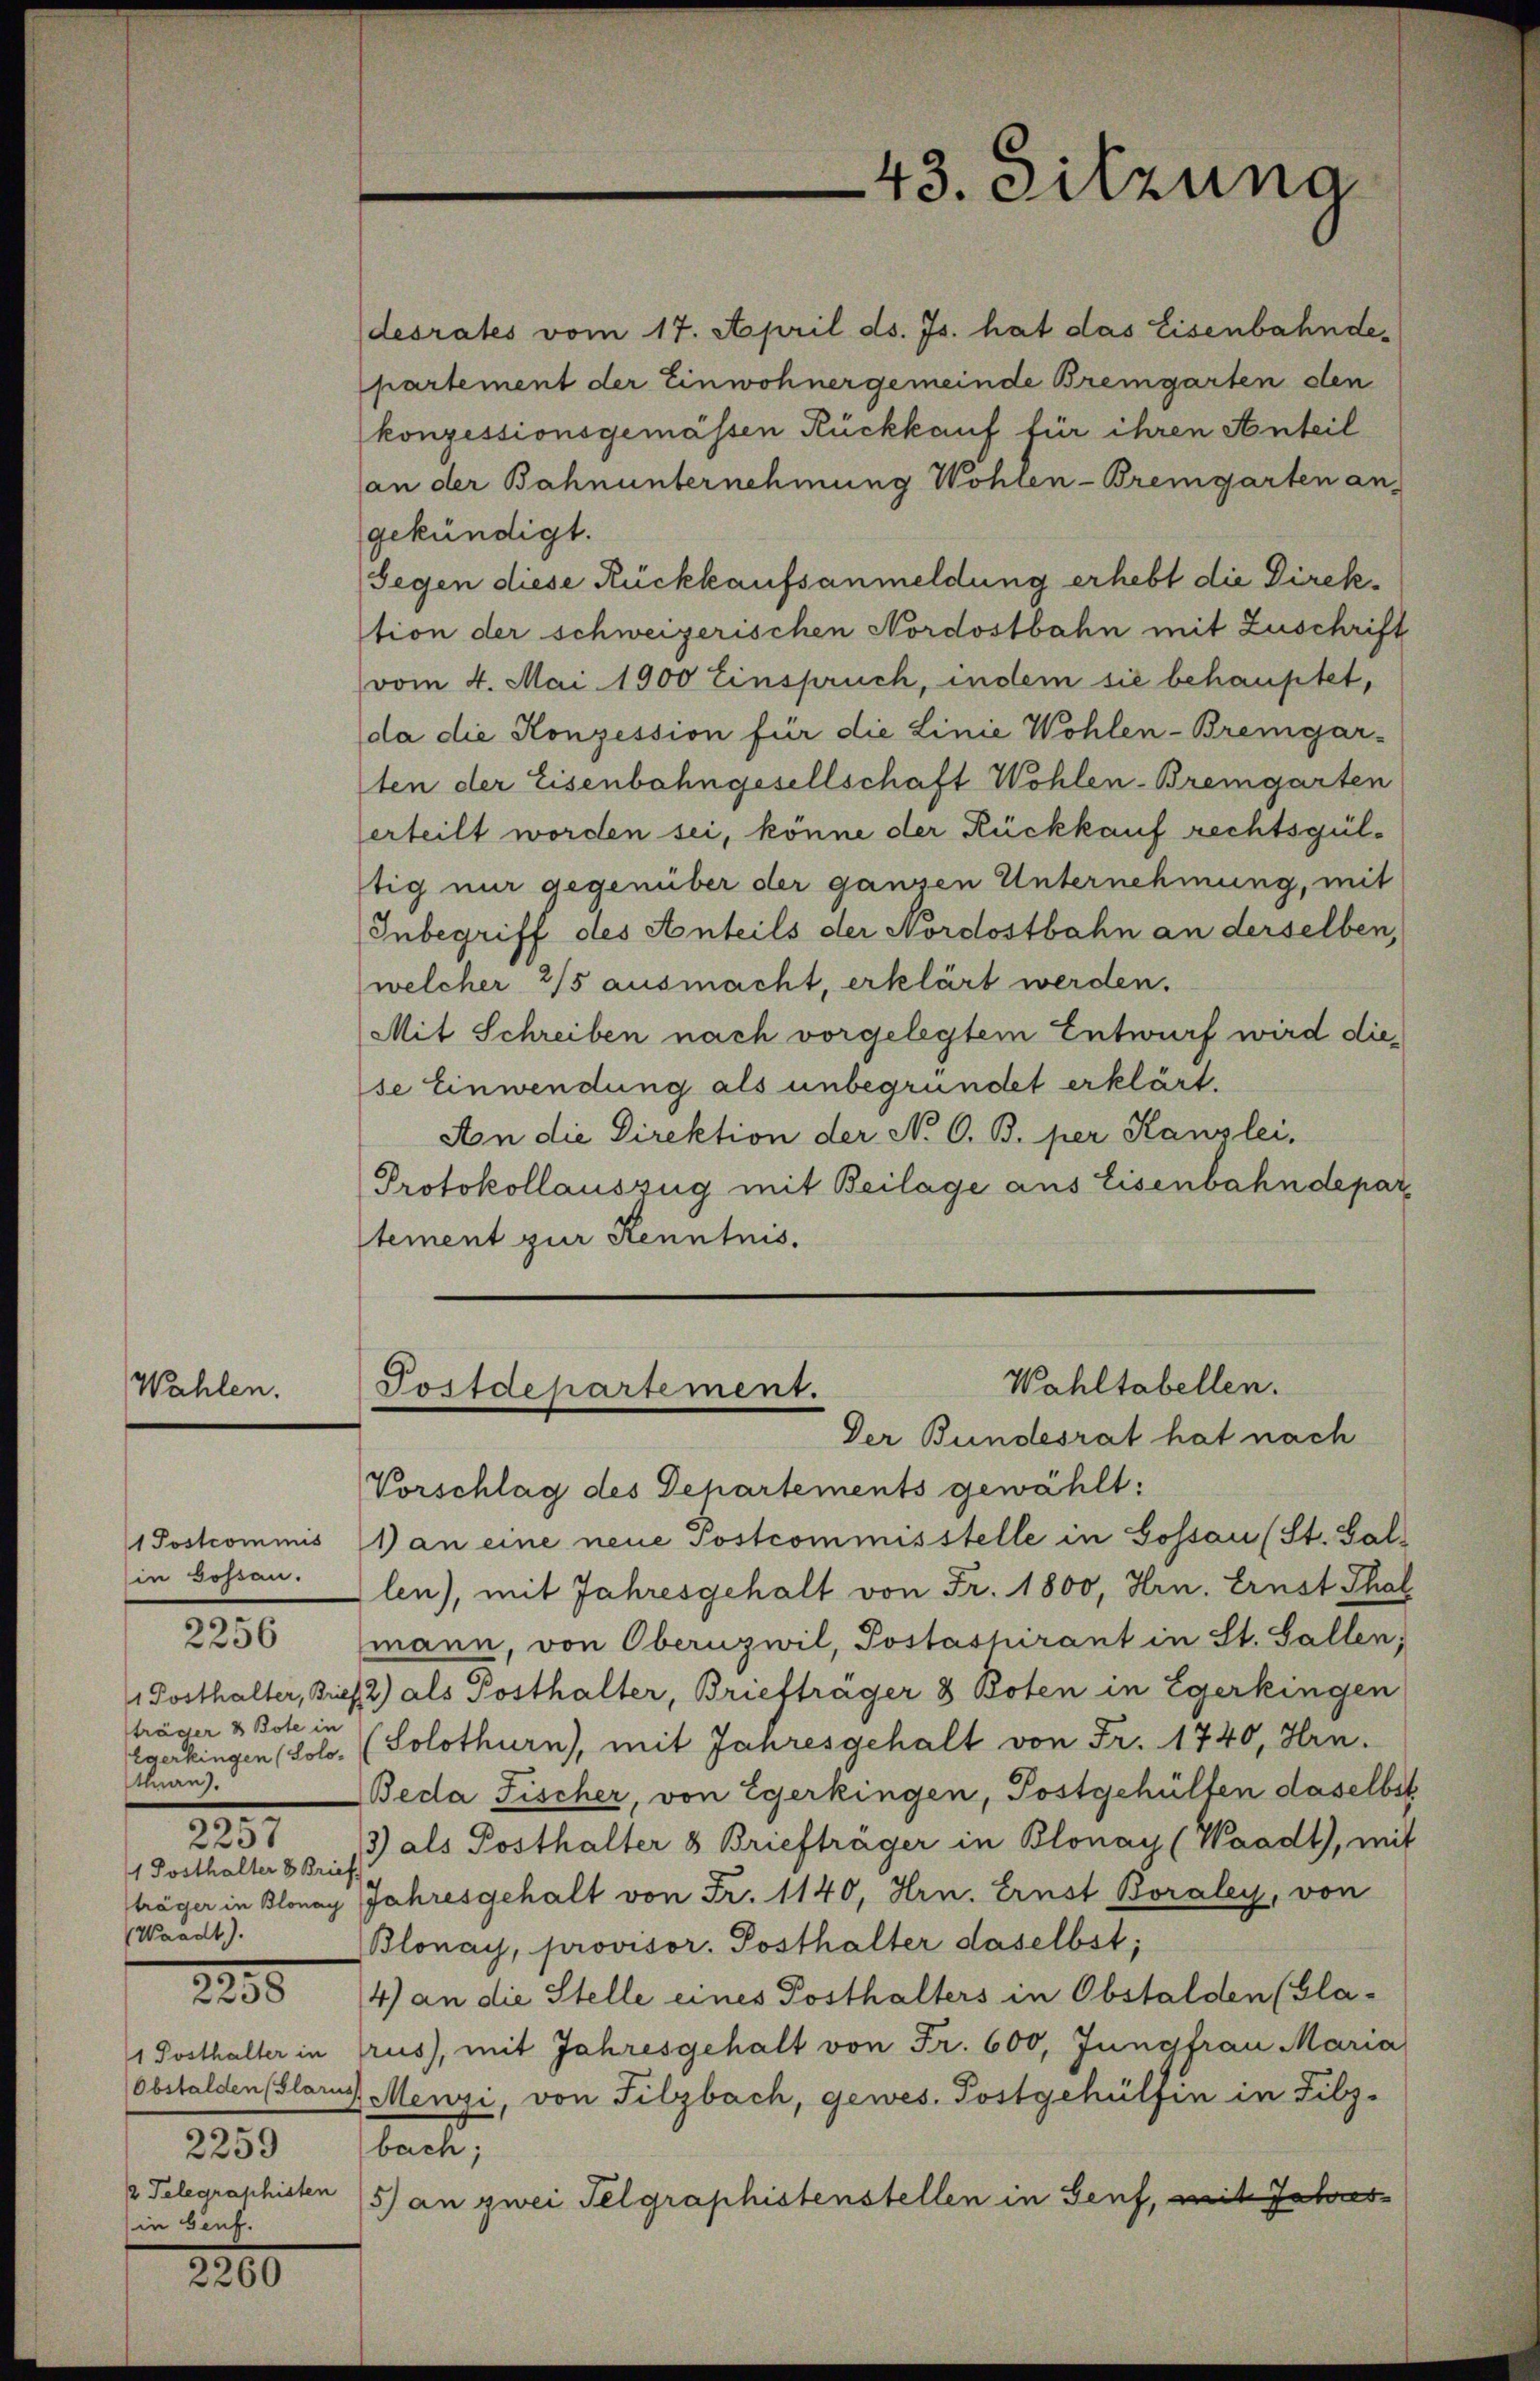
Wahlen.

in Gossau.
sträger & Bote in
Gränz(...)
2257
1 Posthalter 8 Brief
(Waadt).

2256

2255

2259
2 Telegraphisten
in Genf.

2260

desrates vom 17. April ds. Js. hat das Eisenbahndepartement der Einwohnergemeinde Bremgarten den
konzessionsgemässen Rückkauf für ihren Anteil
an der Bahnunternehmung Wohlen-Bremgarten an-
gekündigt.
Segen diese Rückkaufsanmeldung erhebt die Direktion der schweizerischen Nordostbahn mit Zuschrift
vom 4. Mai 1900 Einspruch, indem sie behauptet,
da die Konzession für die Linie Wohlen-Bremgar-
ten der Eisenbahngesellschaft Wohlen-Bremgarten
erteilt worden sei, könne der Rückkauf rechtsgülstig nur gegenüber der ganzen Unternehmung, mit
Inbegriff des Anteils der Nordostbahn an derselben,
welcher 2/5 ausmacht, erklärt werden.
Mit Schreiben nach vorgelegtem Entwurf wird diese Einwendung als unbegründet erklärt.
An die Direktion der N. O. B. per Kanzlei,
Protokollauszug mit Beilage aus Eisenbahndeparstement zur Kenntnis.
Wahltabellen.
Postdepartement.
Der Bundesrat hat nach
Vorschlag des Gehartements gewählt:
1 Postcommis (1) an eine neue Postcommisstelle in Gossau (St. Gallen), mit Jahresgehalt von Fr. 1800, Hrn. Ernst Thal
mann, von Obernzwil, Postaspirant in St. Gallen,
1 Posthalter, Biel 2) als Posthalter, Briefträger 3 Boten in Egerkingen
Egerkingen (Polo. (Solothurn), mit Jahresgehalt von Fr. 1740, Hrn.
Beda Fischer, von Egerkingen, Postgehülten daselbst
3) als Posthalter 8 Briefträger in Blonay (Waadt, mit
träger in Blonay Jahresgehalt von Fr. 1140, Hrn. Ernst Boraley, von
Blonay, provisor. Posthalter daselbst;
4) an die Stelle eines Posthalters in Obstalden (Gla-
1 Posthalter in Crus), mit Jahresgehalt von Fr. 600, Jungfrau Maria
(obstalden (Glarus Menzi, von Filzbach, gewes. Postgehülfen in Filz-
bach;
5) an zwei Telgraphistenstellen in Genf, mit Jahres

43. Sitzung